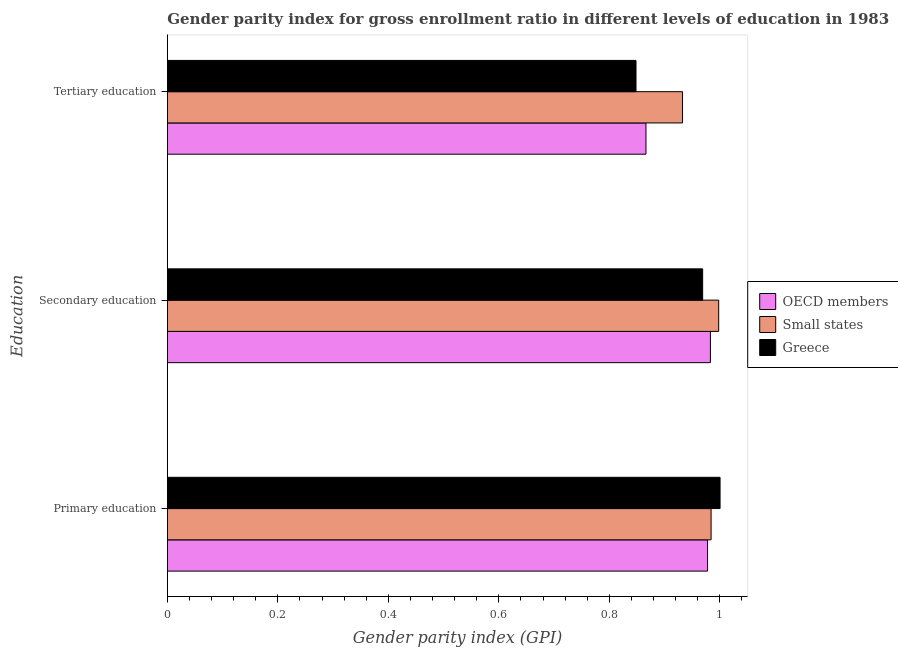
| Education | OECD members | Small states | Greece |
 | --- | --- | --- | --- |
 | Primary education | 0.978 | 0.984 | 1 |
 | Secondary education | 0.983 | 0.998 | 0.969 |
 | Tertiary education | 0.866 | 0.932 | 0.848 |